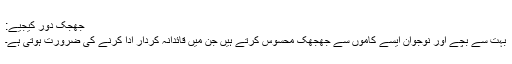
جھجک دور کیجیے:
بہت سے بچے اور نوجوان ایسے کاموں سے جھجھک محسوس کرتے ہیں جن میں قائدانہ کردار ادا کرنے کی ضرورت ہوتی ہے۔